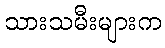
သားသမီးများက